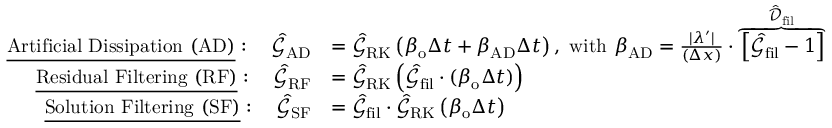
\begin{array} { r l } { \underline { { \mathrm { A r t i f i c i a l ~ D i s s i p a t i o n ~ ( A D ) } } } : \quad \hat { \mathcal { G } } _ { \mathrm { A D } } } & { = \hat { \mathcal { G } } _ { \mathrm { R K } } \left( \beta _ { \mathrm { o } } \Delta t + \beta _ { \mathrm { A D } } \Delta t \right) , \ \mathrm { w i t h } \ \beta _ { \mathrm { A D } } = \frac { \lvert \lambda ^ { \prime } \rvert } { ( \Delta x ) } \cdot \overbrace { \left[ \hat { \mathcal { G } } _ { \mathrm { f i l } } - 1 \right] } ^ { \hat { \mathcal { D } } _ { \mathrm { f i l } } } } \\ { \underline { { \mathrm { R e s i d u a l ~ F i l t e r i n g ~ ( R F ) } } } : \quad \hat { \mathcal { G } } _ { \mathrm { R F } } } & { = \hat { \mathcal { G } } _ { \mathrm { R K } } \left( \hat { \mathcal { G } } _ { \mathrm { f i l } } \cdot ( \beta _ { \mathrm { o } } \Delta t ) \right) } \\ { \underline { { \mathrm { S o l u t i o n ~ F i l t e r i n g ~ ( S F ) } } } : \quad \hat { \mathcal { G } } _ { \mathrm { S F } } } & { = \hat { \mathcal { G } } _ { \mathrm { f i l } } \cdot \hat { \mathcal { G } } _ { \mathrm { R K } } \left( \beta _ { \mathrm { o } } \Delta t \right) } \end{array}